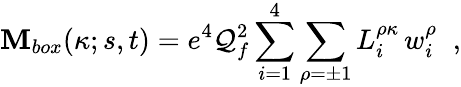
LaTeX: {\cal\mathbf{M}}_{box}(\kappa;s,t)=e^{4}\mathcal{Q}_{f}^{2}\sum_{i=1}^{4}\sum_{\rho=\pm1}L_{i}^{\rho\kappa}\, w_{i}^{\rho}\; \; ,